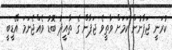
ކުރަނީ ޖަޕާނުން ކަމަށް ވާތީވެ ޖަޕާން ގެ ތާއީދު ބޮޑު ވެއްޖެނަމަ އޭޑީބީ